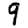
Digit: 9